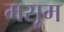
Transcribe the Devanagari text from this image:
मसूम